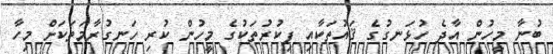
ބުނާ މީހުން އާދެ ހުޅަނގުގެ ޤައުތަކާއި ފިކުރުތަކުގެ މީހުން ކުރި ހަނގުރާމަތަކަށް މިހާ